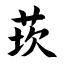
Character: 莰